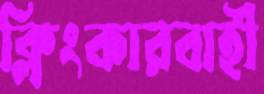
ক্লিংকারবাহী